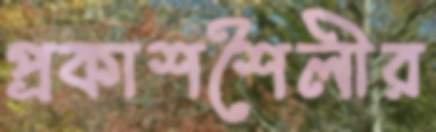
প্রকাশশৈলীর